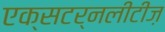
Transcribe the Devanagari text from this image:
एक्सटर्नलीटीज़